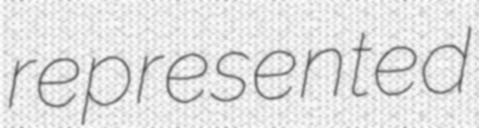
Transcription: represented